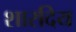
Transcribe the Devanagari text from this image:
शारदिय